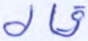
قال